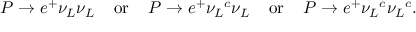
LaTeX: P \to e ^ { + } \nu _ { L } \nu _ { L } \; \; \; \; \mathrm { o r } \; \; \; \; P \to e ^ { + } { \nu _ { L } } ^ { c } { \nu _ { L } } \; \; \; \; \mathrm { o r } \; \; \; \; P \to e ^ { + } { \nu _ { L } } ^ { c } { \nu _ { L } } ^ { c } .